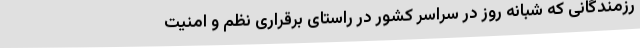
رزمندگانی که شبانه روز در سراسر کشور در راستای برقراری نظم و امنیت